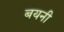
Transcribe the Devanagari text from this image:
बयनी